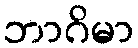
ဘာဂိမာ